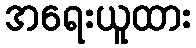
အရေးယူထား